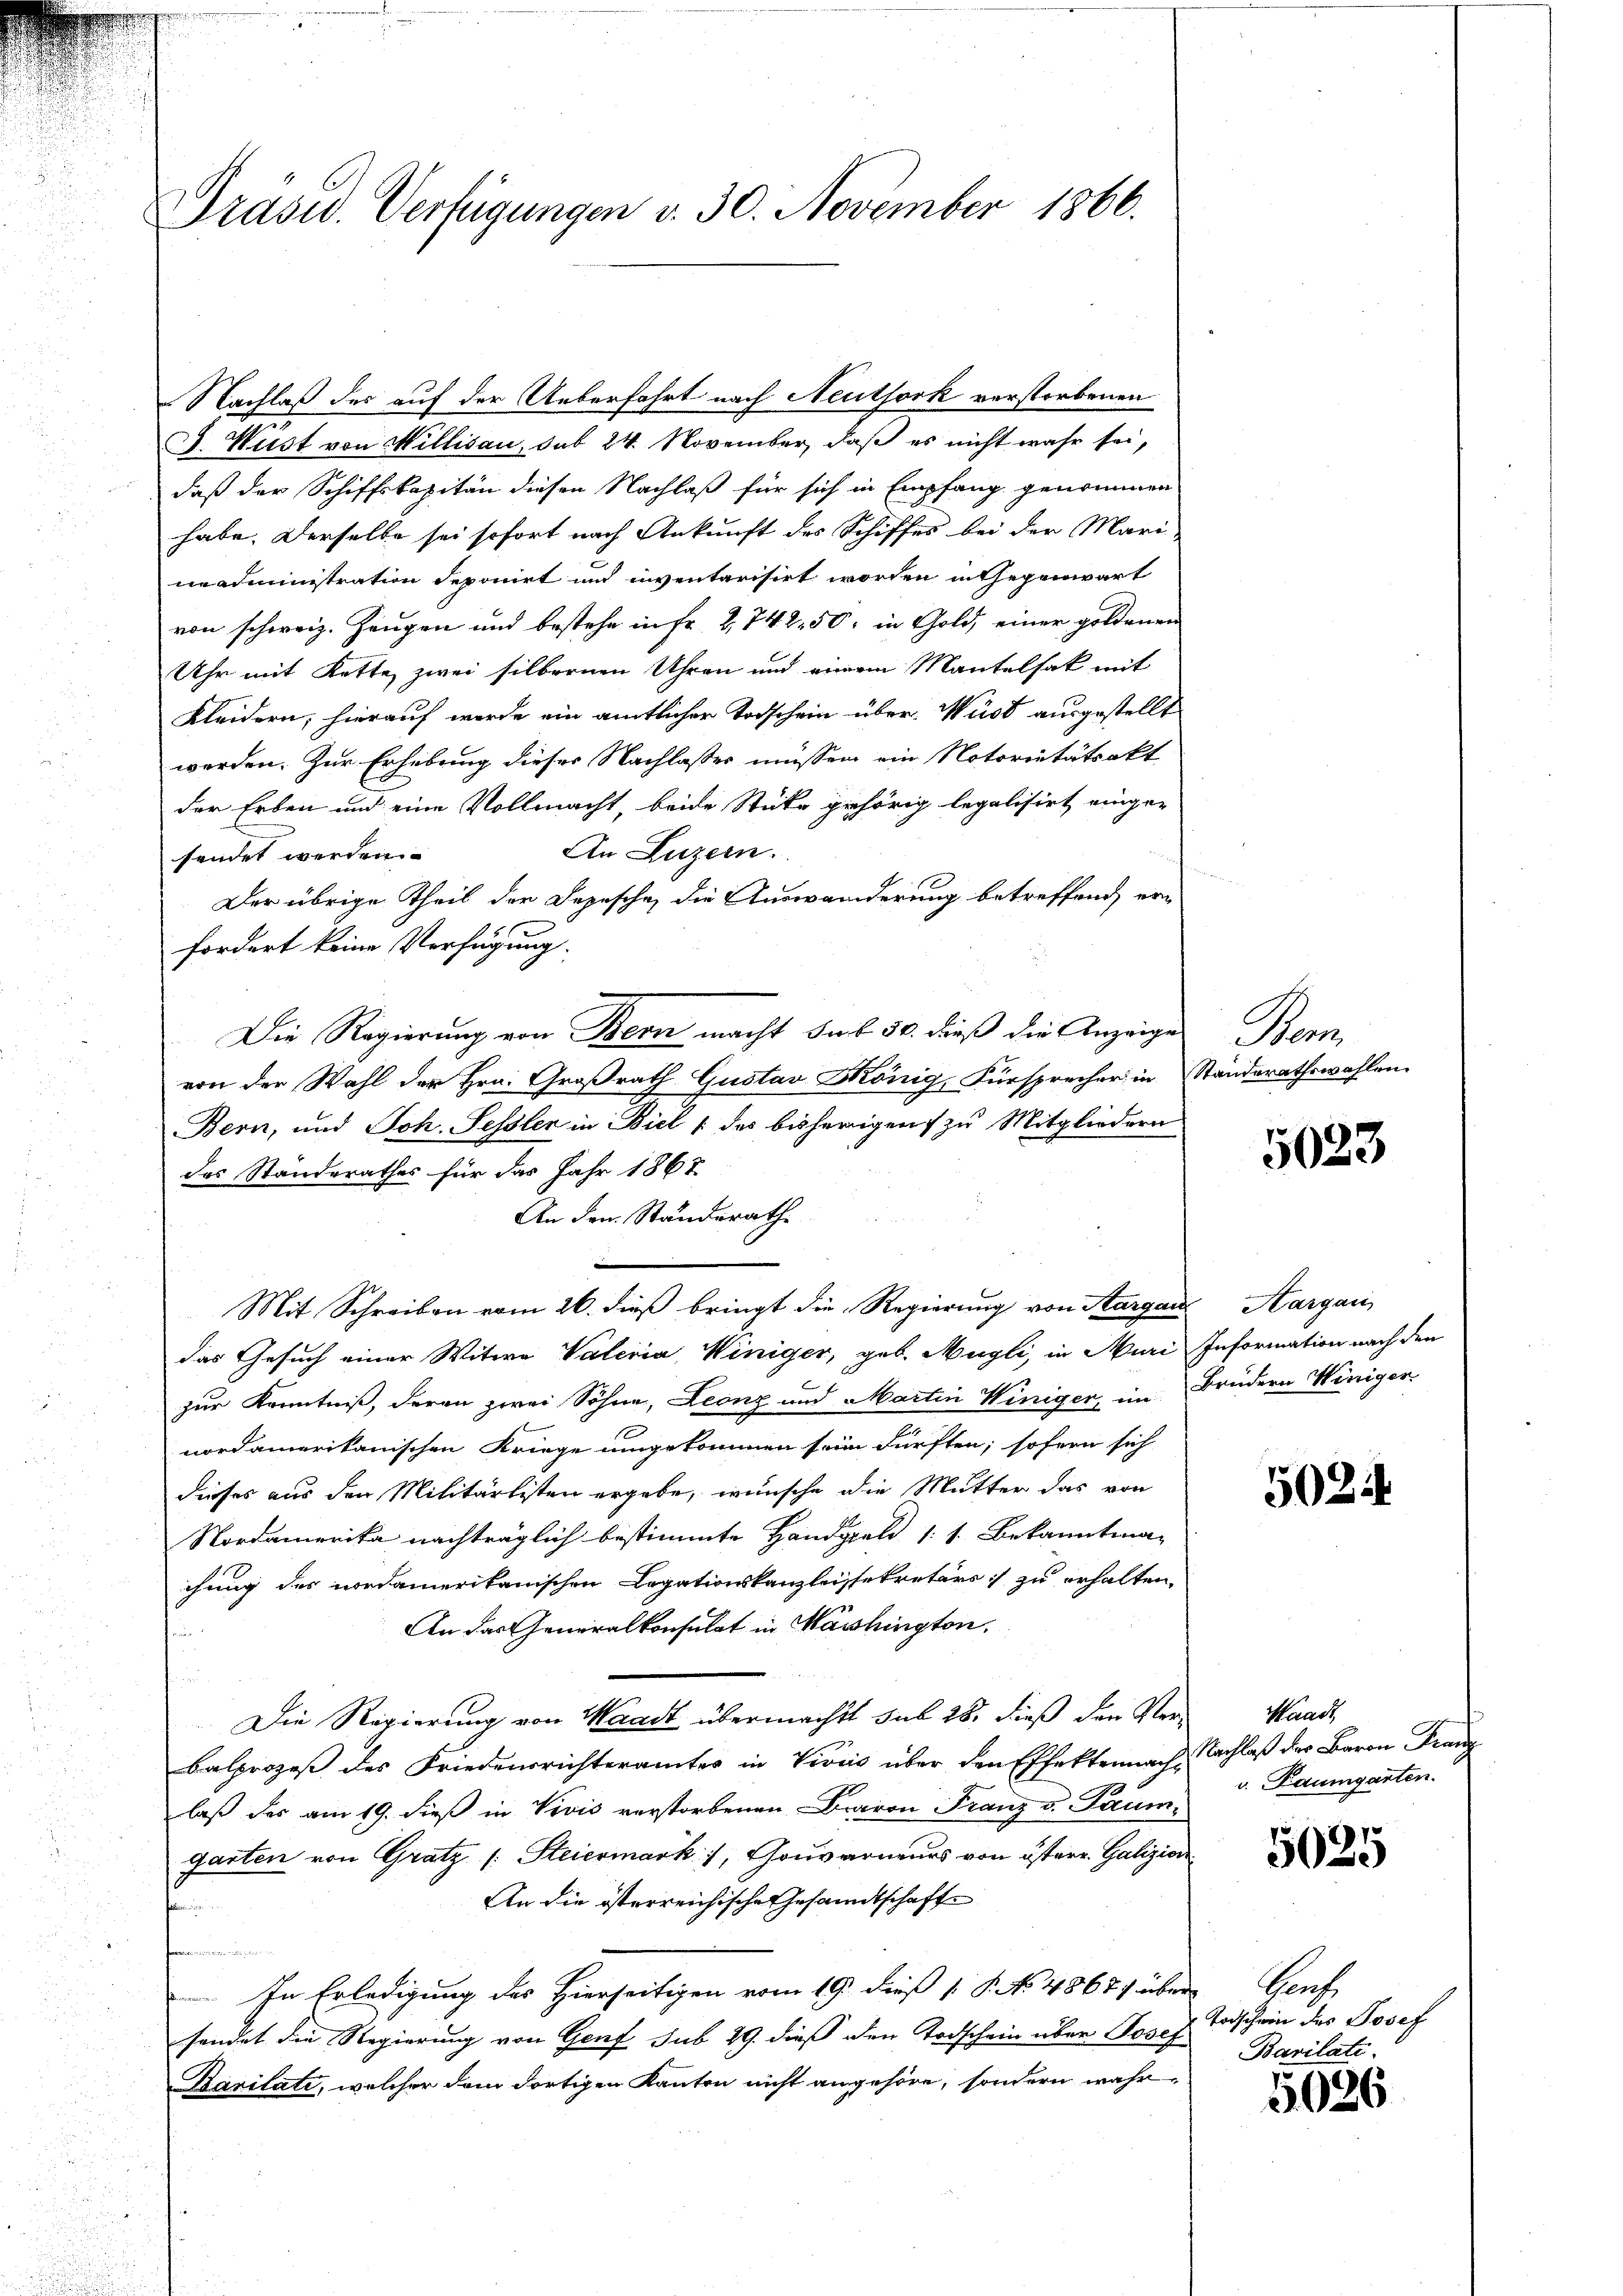
Präsid.. Verfügungen v. 30. November 1866.

Nachlaß des auf der Ueberfahrt nach Neuthork verstorbenen
G. Wüst von Millisau, sub 24. November, daß es nicht wahr sei,
daß der Schiffskapitän diesen Nachlaß für sich in Empfang genommen
habe. Derselbe sei sofort nach Ankunft des Schiffes bei der Mari-
neadministration deponirt und inventarisirt worden in Gegenwart
von schweiz. Zeugen und bestehe in Fr. 2, 742. 50, in Gold, einer goldenen
Uhr mit Kette zwei silbernen Uhren und einem Mantelsak mit
Kleidern; hierauf werde ein amtlicher Todschein über Wüst ausgestellt
werden. Zur Erhebung dieser Nachlasses müssen ein Notoritätsakt
der Erben und eine Vollmacht, beide Stücke gehörig legalisirt einge¬
An Luzern.
sendet werden.
Der übrige Theil der Depesche, die Auswanderung betreffend, ern
fordert keine Verfügung:
Die Regierung von Bern macht sub 30. dieß die Anzeige
von der Wahl der Hrn. Großrath Gustav König, Fürsprecher in Standerathswahlen.
Bern, und Joh. Sessler in Biel (des bisherigen zu Mitgliedern.
des Standerathes für das Jahr 1867
An den Standsrathe
Mit Schreiben vom 26. dieß bringt die Regierung von Aargau, Aargau
das Gesuch einer Witwe Vateria Winiger, geb. Hügli, in Muri Information nach den
zur Kenntniß, deren zwei Söhne, Leonz und Martin Winiger, im Brüdern Winiger
nordamerikanischen Kriege umgekommen sein dürften, sofern sich
dieses aus den Militärlisten ergebe, wünsche die Mutter das von
Nordamerika nachträglich bestimmte Handgeld 1: 1. Bekanntmachung des nordamerikanischen Legationskanzleissekretärs zu erhalten,
An das Generalkonsulat in Washington,
Die Regierung von Waadt übermacht sub 28. dieß den Ver¬
Balprozeß des Friedensrichteramtes in Vivis über den Effektennach Nachlaß des Baron Franz
laß des am 19. dieß in Vivis verstorbenen Baron Franz v. Paumgarten von Gratz (: Steiermark, Gouverneurs von östern Galizien
An die österreichische Gesandtschaft
s

In Erledigung des Hierseitigen vom 19. dieß P. No. 4867) über Genf
sendet die Regierung von Genf sub 29. dieß den Todschein über Josef
Karitate, welcher dem dortigen Kanton nicht angehöre, sondern wahr¬

Ban

5023

503

Waadt,
v. Paumgarten.

5025

Todschein des Josef
Bavilati

5626